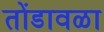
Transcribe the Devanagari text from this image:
तोंडावळा